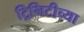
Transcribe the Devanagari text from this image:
ट्रिनिटीच्या